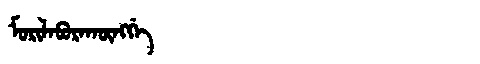
Manchu: ᠮᠣᡵᡳᠯᠠᠪᡠᡵᠠᡴᡡᠩᡤᡝ
Romanization: MORILABURAKŪNGGE